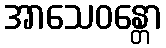
အာသေဝန္တော